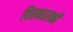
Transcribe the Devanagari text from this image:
विस्फारकों